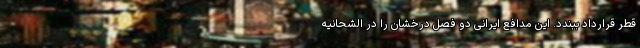
قطر قرارداد ببندد. این مدافع ایرانی دو فصل درخشان را در الشحانیه